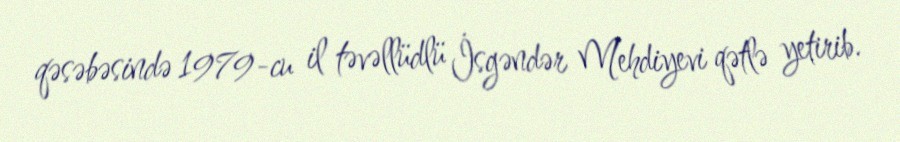
qəsəbəsində 1979-cu il təvəllüdlü İsgəndər Mehdiyevi qətlə yetirib.